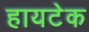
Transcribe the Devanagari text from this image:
हायटेक